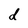
Character: d